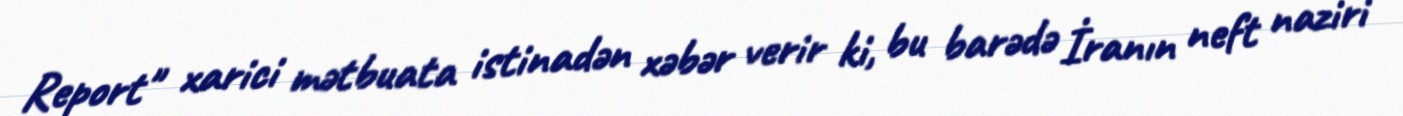
Report" xarici mətbuata istinadən xəbər verir ki, bu barədə İranın neft naziri